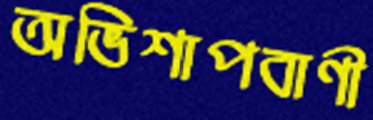
অভিশাপবাণী